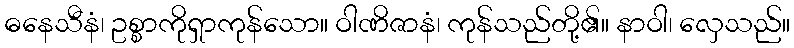
ဓနေသီနံ၊ ဥစ္စာကိုရှာကုန်သော။ ဝါဏိဇာနံ၊ ကုန်သည်တို့၏။ နာဝါ၊ လှေသည်။